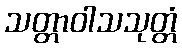
သတ္တာဝါသသုတ္တံ